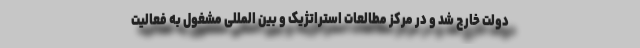
دولت خارج شد و در مرکز مطالعات استراتژیک و بین المللی مشغول به فعالیت